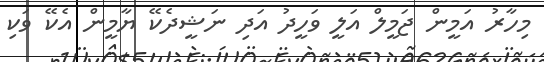
މިހާރު އަމީން ޖަމީލް އަލީ ވަހީދު އަދި ނަޝީދެކޭ ޔާމީން އެކޭ ވަކި